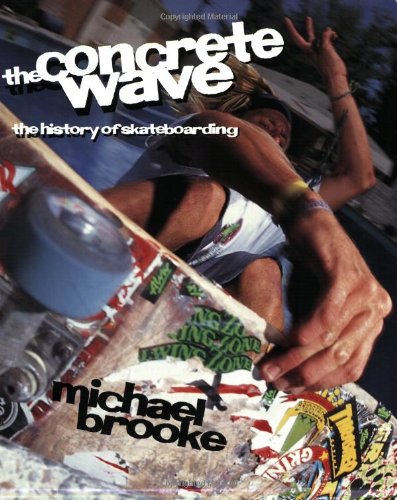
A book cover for The Concrete Wave: The History of Skateboarding; Michael Brooke; Sports & Outdoors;